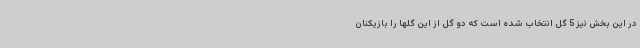
در این بخش نیز 5 گل انتخاب شده است که دو گل از این گلها را بازیکنان